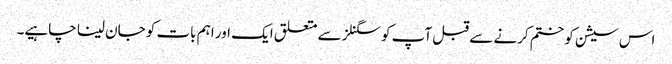
اس سیشن کو ختم کرنے سے قبل آپ کو سگنلز سے متعلق ایک اور اہم بات کو جان لینا چاہیے۔